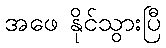
အဖေ နိုင်သွားပြီ